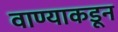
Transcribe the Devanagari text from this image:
वाण्याकडून